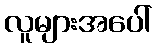
လူများအပေါ်